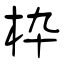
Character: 枠